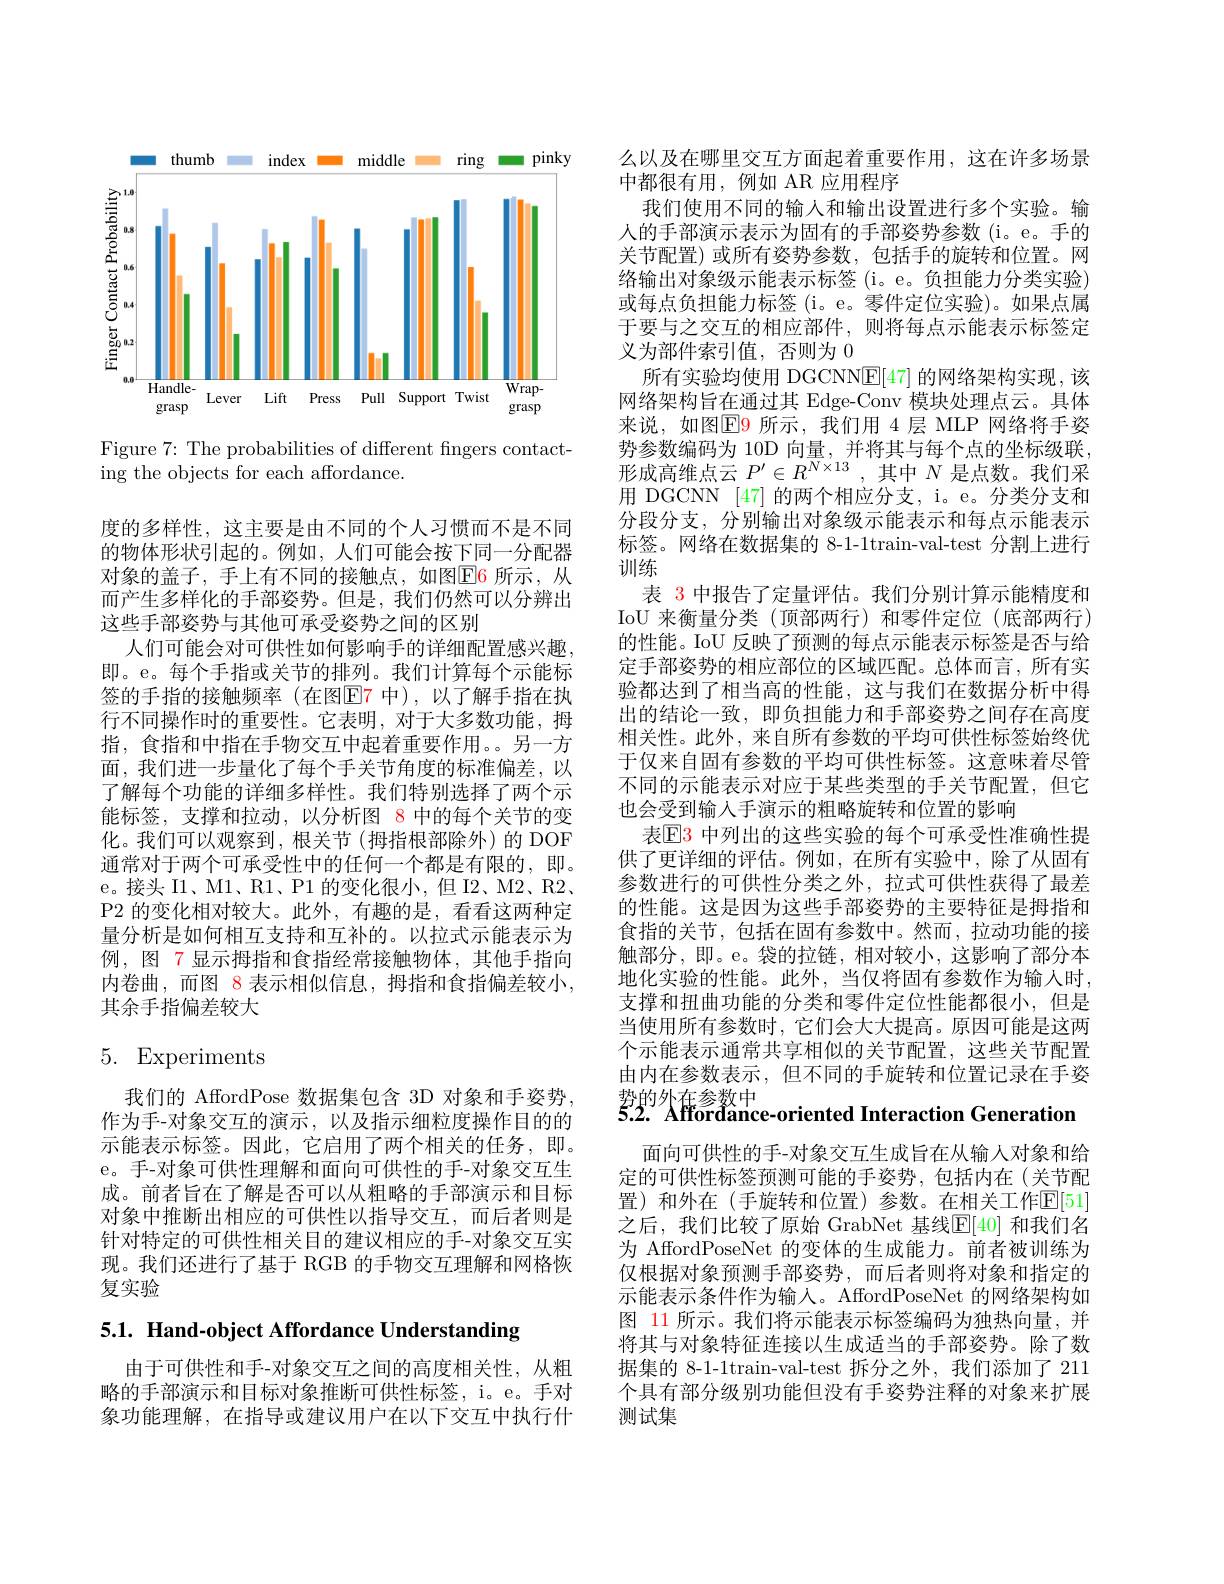
<FigureHere>

Figure 7: The probabilities of different fingers contact-
ing the objects for each affordance.

度的多样性，这主要是由不同的个人习惯而不是不同的物体形状引起的。例如，人们可能会按下同一分配器对象的盖子，手上有不同的接触点，如图$\color{red}{\mathrm{E}}\color{blue}{\mathrm{E}}\color{red}{\mathrm{6}}$所示，从而产生多样化的手部姿势。但是，我们仍然可以分辨出这些手部姿势与其他可承受姿势之间的区别
人们可能会对可供性如何影响手的详细配置感兴趣， 即。e。每个手指或关节的排列。我们计算每个示能标签的手指的接触频率(在图$\color{red}{\mathrm{E7~中),}}$以了解手指在执行不同操作时的重要性。它表明，对于大多数功能，拇指，食指和中指在手物交互中起着重要作用。。另一方面，我们进一步量化了每个手关节角度的标准偏差，以了解每个功能的详细多样性。我们特别选择了两个示能标签，支撑和拉动，以分析图 8 中的每个关节的变化。我们可以观察到，根关节(拇指根部除外)的 DOF 通常对于两个可承受性中的任何一个都是有限的，即。e。接头 I1、M1、R1、P1 的变化很小，但 I2、M2、R2、 P2 的变化相对较大。此外，有趣的是，看看这两种定量分析是如何相互支持和互补的。以拉式示能表示为例，图 7 显示拇指和食指经常接触物体，其他手指向内卷曲，而图 8 表示相似信息，拇指和食指偏差较小， 其余手指偏差较大

# 5. Experiments

我们的 AffordPose 数据集包含 3D 对象和手姿势， 作为手-对象交互的演示，以及指示细粒度操作目的的示能表示标签。因此，它启用了两个相关的任务，即。e。手-对象可供性理解和面向可供性的手-对象交互生成。前者旨在了解是否可以从粗略的手部演示和目标对象中推断出相应的可供性以指导交互，而后者则是针对特定的可供性相关目的建议相应的手-对象交互实现。我们还进行了基于 RGB 的手物交互理解和网格恢复实验

5.1. Hand-object Affordance Understanding

由于可供性和手-对象交互之间的高度相关性，从粗略的手部演示和目标对象推断可供性标签，i。e。手对象功能理解，在指导或建议用户在以下交互中执行什

么以及在哪里交互方面起着重要作用，这在许多场景
中都很有用，例如 AR 应用程序
我们使用不同的输人和输出设置进行多个实验。输人的手部演示表示为固有的手部姿势参数(i。e。手的关节配置) 或所有姿势参数，包括手的旋转和位置。网络输出对象级示能表示标签(i。e。负担能力分类实验) 或每点负担能力标签(i。e。零件定位实验)。如果点属于要与之交互的相应部件，则将每点示能表示标签定义为部件索引值，否则为0
所有实验均使用 DGCNNE[47]的网络架构实现，该网络架构旨在通过其 Edge-Conv 模块处理点云。具体来说，如图$\overline{\mathrm{E}}$9 所示，我们用 4 层 MLP 网络将手姿势参数编码为 10D 向量，并将其与每个点的坐标级联， 形成高维点云$P^\prime\in R^{N\times13}$,其中$N$是点数。我们采用 DGCNN [47] 的两个相应分支，i。e。分类分支和分段分支，分别输出对象级示能表示和每点示能表示标签。网络在数据集的 8-1-1train-val-test 分割上进行训练
表 3 中报告了定量评估。我们分别计算示能精度和IoU 来衡量分类(顶部两行)和零件定位(底部两行) 的性能。IoU 反映了预测的每点示能表示标签是否与给定手部姿势的相应部位的区域匹配。总体而言，所有实验都达到了相当高的性能，这与我们在数据分析中得出的结论一致，即负担能力和手部姿势之间存在高度相关性。此外，来自所有参数的平均可供性标签始终优于仅来自固有参数的平均可供性标签。这意味着尽管不同的示能表示对应于某些类型的手关节配置，但它也会受到输人手演示的粗略旋转和位置的影响
表$\boxed{\mathrm{E}}3$ 中列出的这些实验的每个可承受性准确性提供了更详细的评估。例如，在所有实验中，除了从固有参数进行的可供性分类之外，拉式可供性获得了最差的性能。这是因为这些手部姿势的主要特征是拇指和食指的关节，包括在固有参数中。然而，拉动功能的接触部分，即。e。袋的拉链，相对较小，这影响了部分本地化实验的性能。此外，当仅将固有参数作为输人时， 支撑和扭曲功能的分类和零件定位性能都很小，但是当使用所有参数时，它们会大大提高。原因可能是这两个示能表示通常共享相似的关节配置，这些关节配置由内在参数表示，但不同的手旋转和位置记录在手姿势的外在参数中
5.2. Afforđance-oriented Interaction Generation

面向可供性的手-对象交互生成旨在从输人对象和给定的可供性标签预测可能的手姿势，包括内在(关节配置)和外在(手旋转和位置)参数。在相关工作$\mathbb{E}[51]$ 之后，我们比较了原始 GrabNet 基线$\mathbb{E}[40]$ 和我们名为 AffordPoseNet 的变体的生成能力。前者被训练为仅根据对象预测手部姿势，而后者则将对象和指定的示能表示条件作为输入。AffordPoseNet 的网络架构如图 11 所示。我们将示能表示标签编码为独热向量，并将其与对象特征连接以生成适当的手部姿势。除了数据集的 8-1-1train-val-test 拆分之外，我们添加了 211个具有部分级别功能但没有手姿势注释的对象来扩展测试集